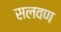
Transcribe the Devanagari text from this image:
सलवण